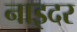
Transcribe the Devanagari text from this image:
नाइदर